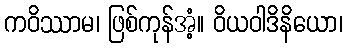
ကဝိဿာမ၊ ဖြစ်ကုန်အံ့။ ဝိယဝါဒိနိယော၊